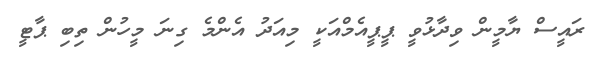
ރައީސް ޔާމީން ވިދާޅުވީ ޕީޕީއެމްއަކީ މިއަދު އެންމެ ގިނަ މީހުން ތިބި ޕާޓީ